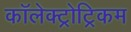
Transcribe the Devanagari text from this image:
कॉलेक्ट्रोट्रिकम